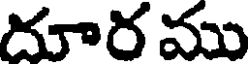
దూర ము